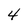
Character: 4